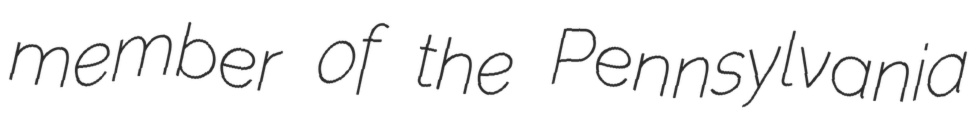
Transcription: member of the Pennsylvania